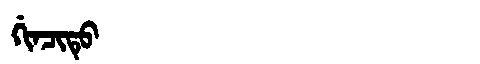
Manchu: ᡤᡳᠨᠴᡳᡨᡠ
Romanization: GINCITU